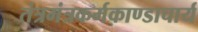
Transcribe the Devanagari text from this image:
तंत्रमंत्रकर्मकाण्डाचार्य